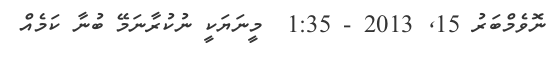
ނޮވެމްބަރު 15